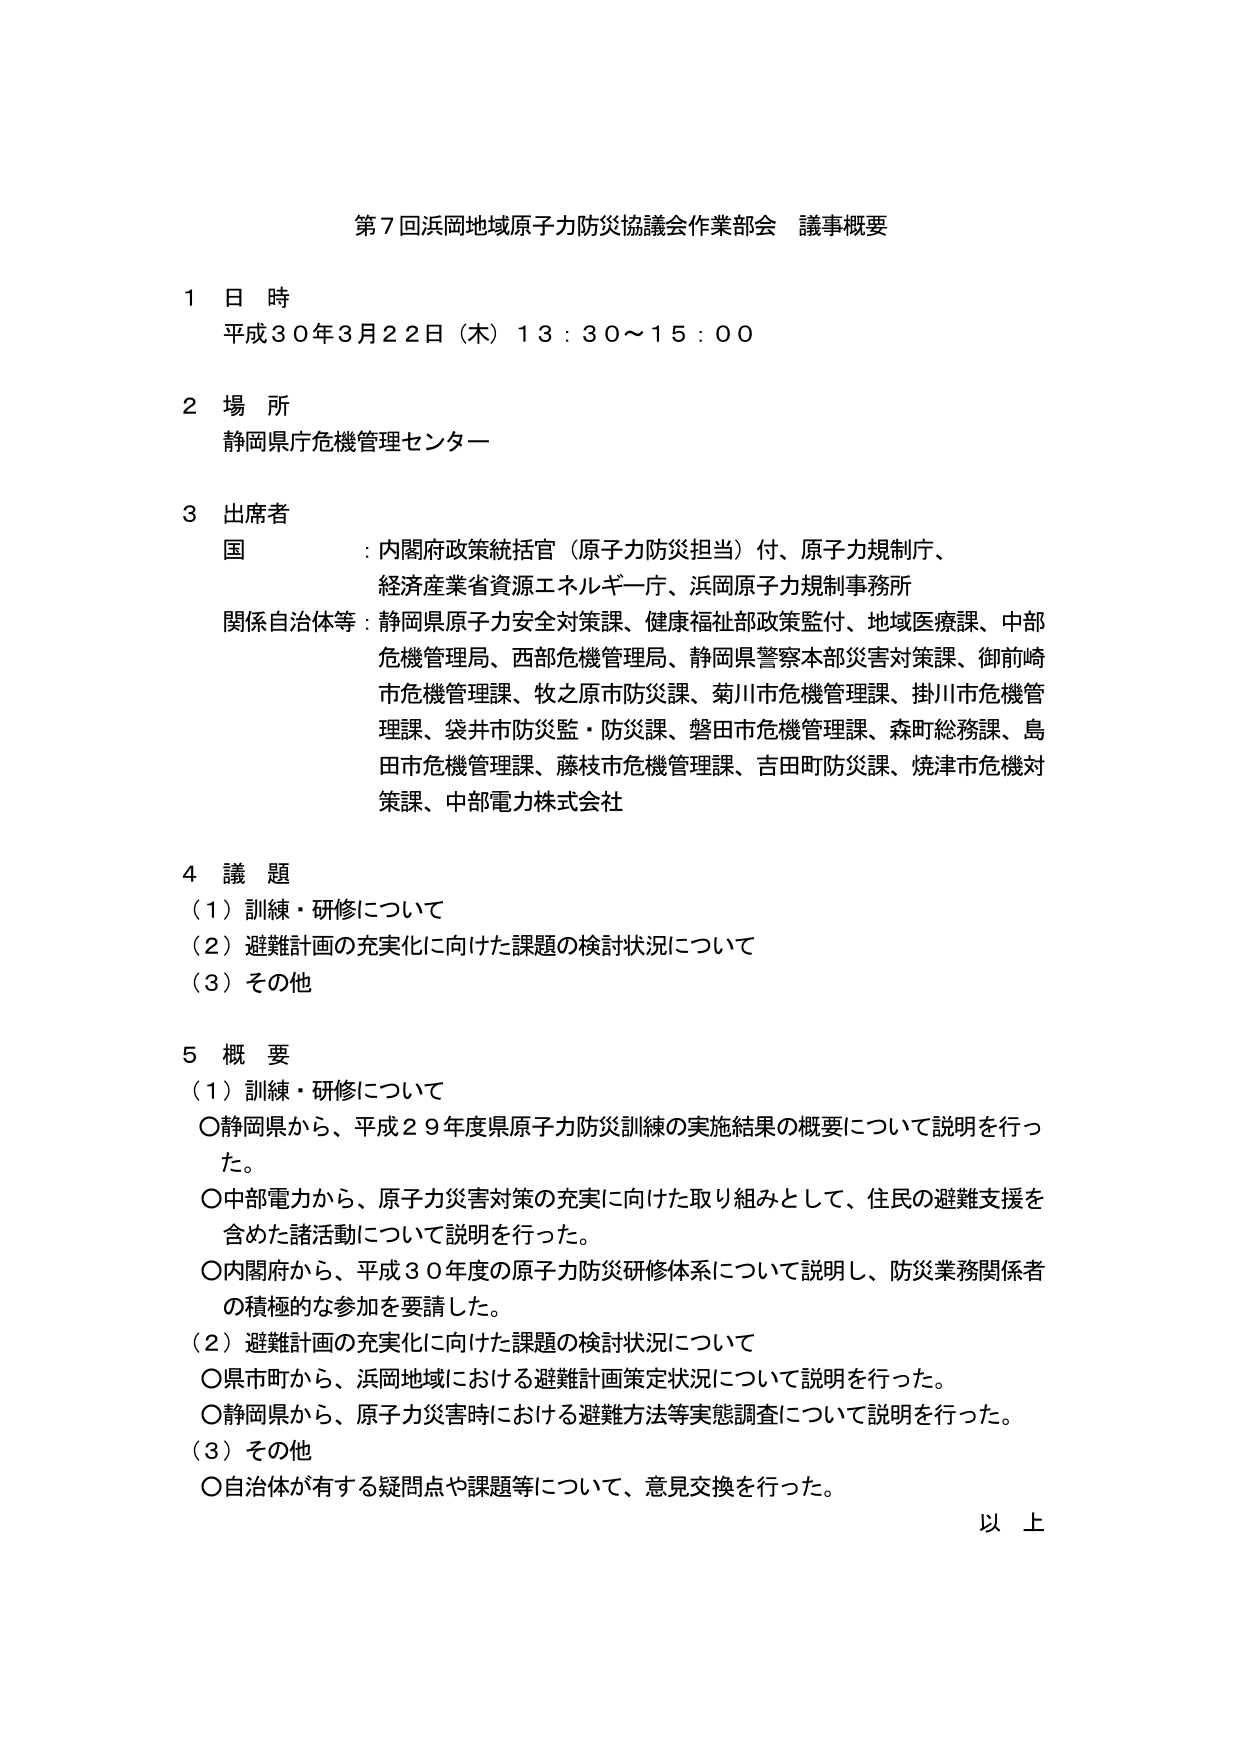
第７回浜岡地域原子力防災協議会作業部会 議事概要

１ 日 時
平成３０年３月２２日（木）１３：３０～１５：００

２ 場 所
静岡県庁危機管理センター

３ 出席者
国 ：内閣府政策統括官（原子力防災担当）付、原子力規制庁、
　　経済産業省資源エネルギー庁、浜岡原子力規制事務所
関係自治体等：静岡県原子力安全対策課、健康福祉部政策監付、地域医療課、中部
　　危機管理局、西部危機管理局、静岡県警察本部災害対策課、御前崎
　　市危機管理課、牧之原市防災課、菊川市危機管理課、掛川市危機管
　　理課、袋井市防災監・防災課、磐田市危機管理課、森町総務課、島
　　田市危機管理課、藤枝市危機管理課、吉田町防災課、焼津市危機対
　　策課、中部電力株式会社

４ 議 題
（１）訓練・研修について
（２）避難計画の充実化に向けた課題の検討状況について
（３）その他

５ 概 要
（１）訓練・研修について
〇静岡県から、平成２９年度県原子力防災訓練の実施結果の概要について説明を行った。
〇中部電力から、原子力災害対策の充実に向けた取り組みとして、住民の避難支援を
　含めた諸活動について説明を行った。
〇内閣府から、平成３０年度の原子力防災研修体系について説明し、防災業務関係者
　の積極的な参加を要請した。
（２）避難計画の充実化に向けた課題の検討状況について
〇県市町から、浜岡地域における避難計画策定状況について説明を行った。
〇静岡県から、原子力災害時における避難方法等実態調査について説明を行った。
（３）その他
〇自治体が有する疑問点や課題等について、意見交換を行った。
以 上